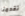
تقدمنا